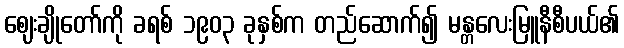
ဈေးချိုတော်ကို ခရစ် ၁၉၀၃ ခုနှစ်က တည်ဆောက်၍ မန္တလေးမြူနီစီပယ်၏